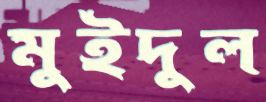
মুইদুল